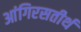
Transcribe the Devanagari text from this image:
आंगिरसतीर्थ